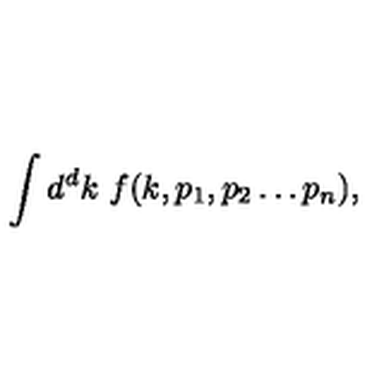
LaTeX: \int d ^ { d } k \ f ( k , p _ { 1 } , p _ { 2 } \ldots p _ { n } ) ,